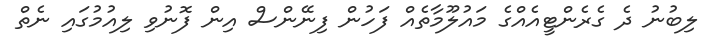
ލިބުނު ދެ ގެރެންޓީއެއްގެ މައުލޫމާތެއް ފަހުން ފިނޭންސް އިން ފޮނުވި ލިއުމުގައި ނެތް